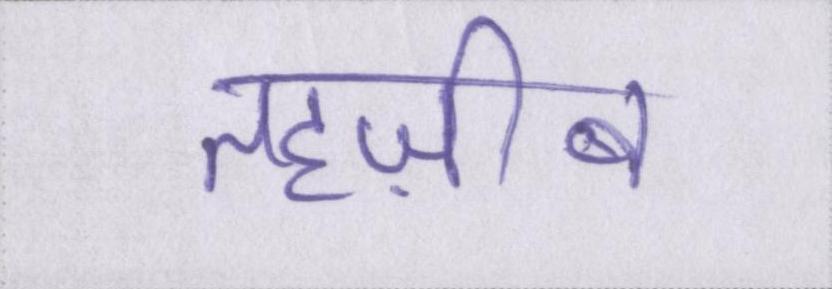
तहज़ीब